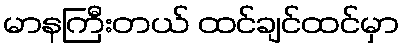
မာနကြီးတယ် ထင်ချင်ထင်မှာ